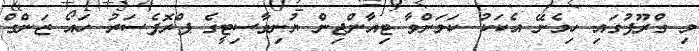
މި ގްރޫޕުގައި ހިމެނޭ އެކަކު ކަމަށްވާ ޓިއާންޖިން ޔުނިވާސިޓީގެ ޕްރޮފެސަރު ހައޯ ޒަންގް